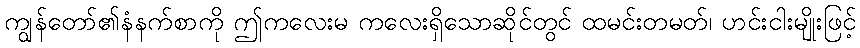
ကျွန်တော်၏နံနက်စာကို ဤကလေးမ ကလေးရှိသောဆိုင်တွင် ထမင်းတမတ်၊ ဟင်းငါးမျိုးဖြင့်